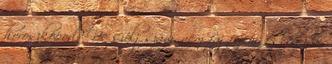
horoszkópod? Ne szólj szám, nem fáj fejem, ez legyen